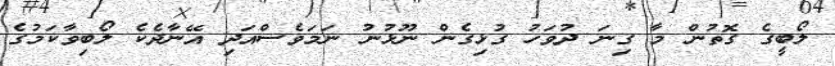
ލޯބީގެ ގޮތުން މާ ގިނަ ދުވަހު ގުޅިގެން ނޫޅުނު ނަމަވެސްއަދި އޭނާދެކެ ލޯބިވާކަމުގެ